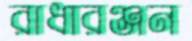
রাধারঞ্জন